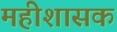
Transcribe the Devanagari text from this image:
महीशासक